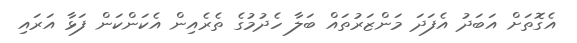
އެގޮތަށް އަބަދު އެފަދަ މަންޒަރުތައް ބަލާ ހެދުމުގެ ތެރެއިން އެކަންކަން ފަޅާ އަރައި